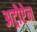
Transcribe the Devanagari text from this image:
अट्रोप्टेन